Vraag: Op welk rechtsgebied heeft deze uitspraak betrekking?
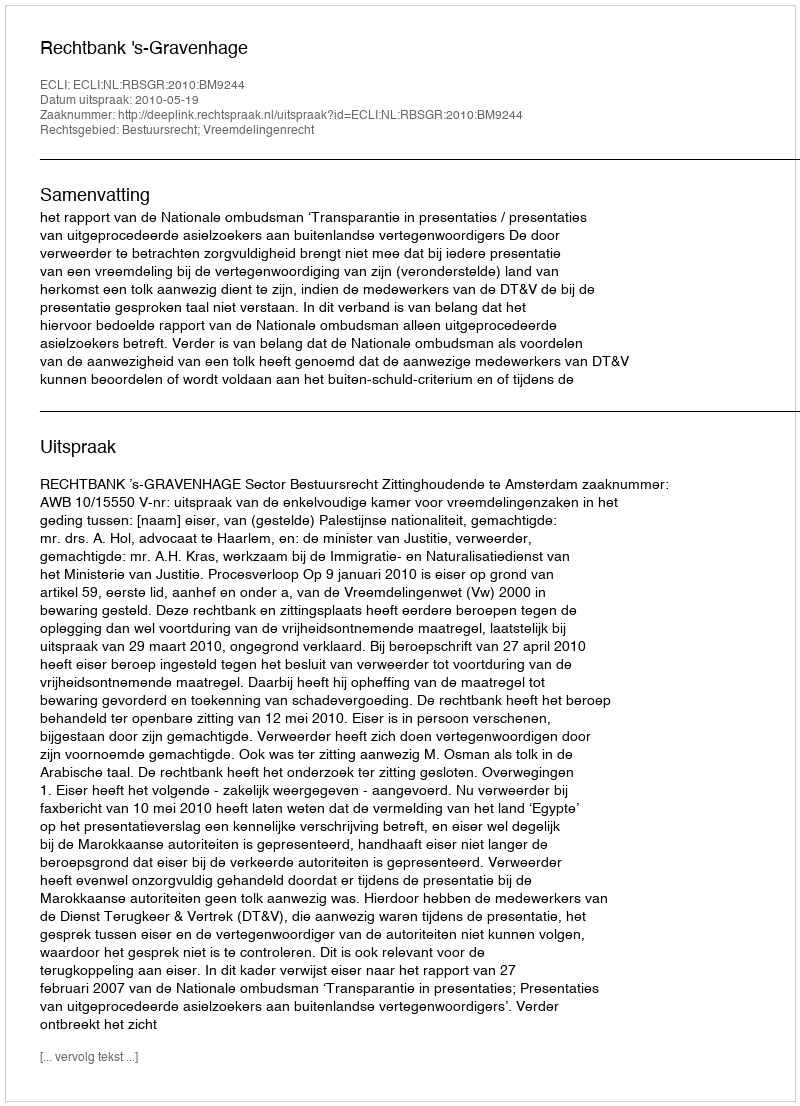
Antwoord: Bestuursrecht; Vreemdelingenrecht